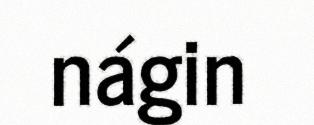
nágin